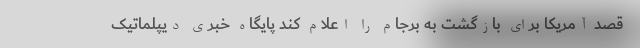
قصد آمریکا برای بازگشت به برجام را اعلام کند پایگاه خبری دیپلماتیک